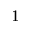
_ 1